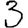
Digit: 3